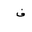
Letter: _fa